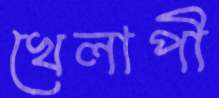
খেলাপী